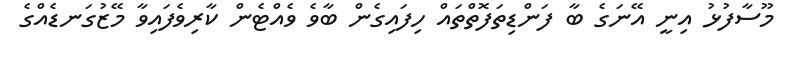
މޫސާފުޅު އިނީ އޭނަގެ ބާ ފަންޑިތަފޮތްތައް ހިފައިގެން ބާވެ ވެއްޓެން ކާރިވެފައިވާ މޭޒުގަނޑެއްގެ